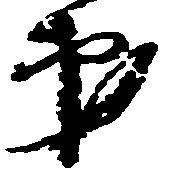
弟